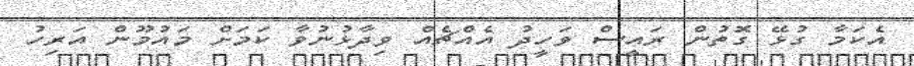
އެކަމާ ގުޅޭ ގޮތުން ރައީސް ވަހީދު އެއްޗެއް ވިދާޅުނުވާ ކަމަށް މައުމޫން އަރިހު